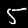
Label: 5